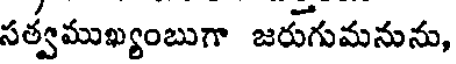
సత్వముఖ్యంబుగా జరుగుమనును,